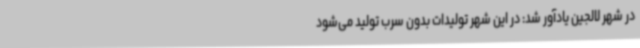
در شهر لالجین یادآور شد: در این شهر تولیدات بدون سرب تولید می‌شود